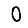
Digit: 0